Report on plague and inoculation in the Punjab from October 1st ... to September 30th..., being the ... season of plague in the province
Disease focus: Plague
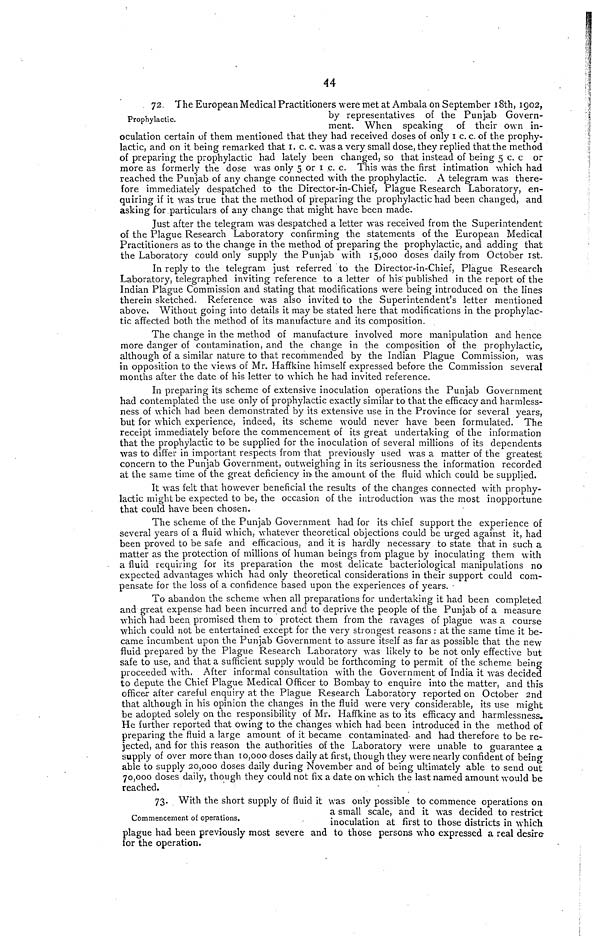
44
Prophylactic.
72. The European Medical Practitioners were met at Ambala on September 18th, 1002,
by representatives of the Punjab Govern-
ment. When speaking of their own in-
oculation certain of them mentioned that they had received doses of only I C. C. of the prophy-
lactic, and on it being remarked that I. c. c. was a very small dose, they replied that the method
of preparing the prophylactic had lately been changed, so that instead of being 5 c. c or
more as formerly the dose was only 5 or I c. c. This was the first intimation which had
reached the Punjab of any change connected with the prophylactic. A telegram was there-
fore immediately despatched to the Director-in-Chief, Plague Research Laboratory, en-
quiring if it was true that the method of preparing the prophylactic had been changed, and
asking for particulars of any change that might have been made.
Just after the telegram was despatched a letter was received from the Superintendent
of the Plague Research Laboratory confirming the statements of the European Medical
Practitioners as to the change in the method of preparing the prophylactic, and adding that
the Laboratory could only supply the Punjab with 15,000 doses daily from October 1st.
In reply to the telegram just referred to the Director-in-Chief, Plague Research
Laboratory, telegraphed inviting reference to a letter of his' published in the report of the
Indian Plague Commission and stating that modifications were being introduced on the lines
therein sketched. Reference was also invited to the Superintendent's letter mentioned
above, Without going into details it may be stated here that modifications in the prophylac-
tic affected both the method of its manufacture and its composition.
The change in the method of manufacture involved more manipulation and hence
more danger of contamination, and the change in the composition of the prophylactic,
although of a similar nature to that recommended by the Indian Plague Commission, was
in opposition to the views of Mr. Haffkine himself expressed before the Commission several
months after the date of his letter to which he had invited reference.
In preparing its scheme of extensive inoculation operations the Punjab Government
had contemplated the use only of prophylactic exactly similar to that the efficacy and harmless-
ness of which had been demonstrated by its extensive use in the Province for several years,
but for which experience, indeed, its scheme would never have been formulated. The
receipt immediately before the commencement of its great undertaking of the information
that the prophylactic to be supplied for the inoculation of several millions of its dependents
was to differ in important respects from that previously used was a matter of the greatest
concern to the Punjab Government, outweighing in its seriousness the information recorded
at the same time of the great deficiency in» the amount of the fluid which could be supplied.
It was felt that however beneficial the results of the changes connected with prophy-
lactic might be expected to be, the occasion of the introduction was the most inopportune
that could have been chosen.
The scheme of the Punjab Government had for its chief support the experience of
several years of a fluid which, whatever theoretical objections could be urged against it, had
been proved to be safe and efficacious, and it is hardly necessary to state that in such a
matter as the protection of millions of human beings from plague by inoculating them with
a fluid requiring for its preparation the most delicate bacteriological manipulations no
expected advantages which had only theoretical considerations in their support could com-
pensate for the loss of a confidence based upon the experiences of years. •
To abandon the scheme when all preparations for undertaking it had been completed
and great expense had been incurred and to deprive the people of the Punjab of a measure
which had been promised them to protect them from the ravages of plague was a course
which could not be entertained except for the very strongest reasons : at the same time it be-
came incumbent upon the Punjab Government to assure itself as far as possible that the new
fluid prepared by the Plague Research Laboratory was likely to be not only effective but
safe to use, and that a sufficient supply would be forthcoming to permit of the scheme being
proceeded with. After informal consultation with the Government of India it was decided
to depute the Chief Plague Medical Officer to Bombay to enquire into the matter, and this
officer after careful enquiry at the Plague Research Laboratory reported on October 2nd
that although in his opinion the changes in the fluid were very considerable, its use might
be adopted solely on the responsibility of Mr. Haffkine as to its efficacy and harmlessness.
He further reported that owing to the changes which had been introduced in the method of
preparing the fluid a large amount of it became contaminated- and had therefore to be re-
jected, and for this reason the authorities of the Laboratory were unable to guarantee a
supply of over more than 10,000 doses daily at first, though they were nearly confident of being
able to supply 20,000 doses daily during November and of being ultimately able to send out
70,000 doses daily, though they could not fix a date on which the last named amount would be
reached.
Commencement of operations.
73. With the short supply of fluid it was only possible to commence operations on
a small scale, and it was decided to restrict
inoculation at first to those districts in which
plague had been previously most severe and to those persons who expressed a real desire
for the operation.